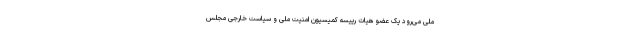
ملی می‌رود یک عضو هیات رییسه کمیسیون امنیت ملی و سیاست خارجی مجلس